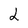
Character: 2